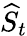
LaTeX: \widehat{S}_{t}